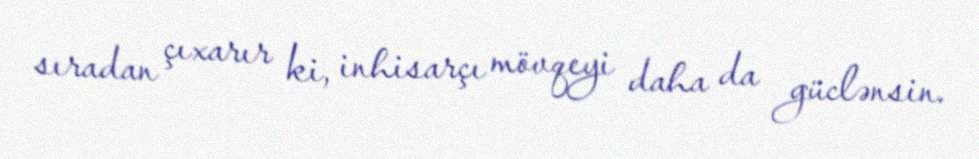
sıradan çıxarır ki, inhisarçı mövqeyi daha da güclənsin.